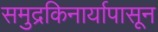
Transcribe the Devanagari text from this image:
समुद्रकिनार्यापासून